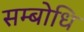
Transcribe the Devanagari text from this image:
सम्‍बोधि